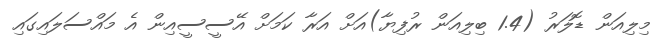
މިލިއަން ޑޮލަރު (1.4 ބިލިއަން ރުފިޔާ)އަށް އަރާ ކަމަށް އޭސީސީއިން އެ މައްސަލައިގައި